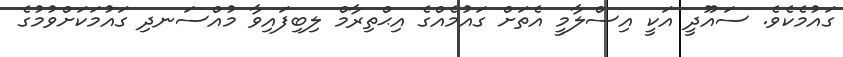
ގަައުމެކެވެ. ސައޫދީ އަކީ އިސްލާމީ އެތަށް ގައުމެއްގެ އިޙްތިރާމް ލިބިފައިވާ މުއްސަނދި ގައުމަކަށްވުމުގެ